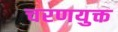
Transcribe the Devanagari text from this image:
चरणयुक्त